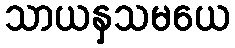
သာယနှသမယေ